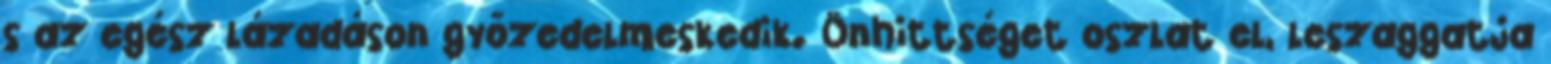
s az egész lázadáson győzedelmeskedik. Önhittséget oszlat el, leszaggatja